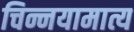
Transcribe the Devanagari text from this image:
चिन्नयामात्य